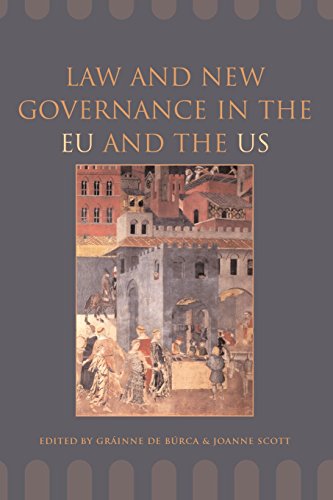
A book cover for Law and New Governance in the EU and the US (Essays in European Law); Law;